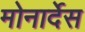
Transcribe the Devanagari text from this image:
मोनार्देस